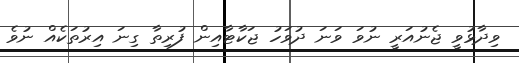
ވިދާޅުވީ ޖެނުއަރީ ނުވަ ވަނަ ދުވަހު ޖަކާޓާއިން ފުރިތާ ގިނަ އިރުތަކެއް ނުވެ